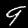
Label: 9